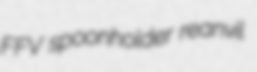
FFV spoonholder reanvil